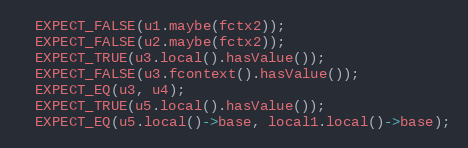
Language: C++
  EXPECT_FALSE(u1.maybe(fctx2));
  EXPECT_FALSE(u2.maybe(fctx2));
  EXPECT_TRUE(u3.local().hasValue());
  EXPECT_FALSE(u3.fcontext().hasValue());
  EXPECT_EQ(u3, u4);
  EXPECT_TRUE(u5.local().hasValue());
  EXPECT_EQ(u5.local()->base, local1.local()->base);